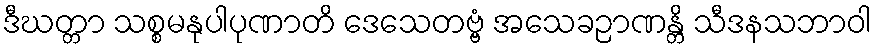
ဒီဃတ္တာ သစ္စမနုပါပုဏာတိ ဒေသေတဗ္ဗံ အသေခဉာဏန္တိ သီဒနသဘာဝါ